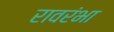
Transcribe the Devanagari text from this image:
रावरंभा